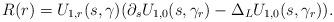
LaTeX: \begin{align*}R(r)=U_{1,r}(s,\gamma)(\partial_sU_{1,0}(s,\gamma_r)-\Delta_L U_{1,0}(s,\gamma_r)).\end{align*}